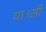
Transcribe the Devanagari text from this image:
था।सी